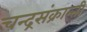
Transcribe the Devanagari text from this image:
चन्द्रसंक्रान्ती